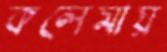
কলেমায়